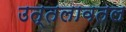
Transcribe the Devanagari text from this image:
उत्तलावतल